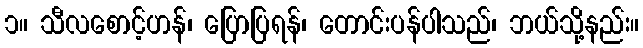
၁။ သီလစောင့်ဟန်၊ ပြောပြရန်၊ တောင်းပန်ပါသည်၊ ဘယ်သို့နည်း။